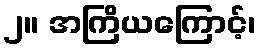
၂။ အကြိယကြောင့်၊